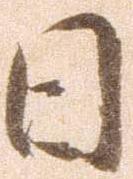
日